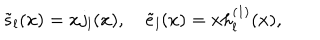
LaTeX: \tilde { s } _ { l } ( x ) = x j _ { l } ( x ) , \quad \tilde { e } _ { l } ( x ) = x h _ { l } ^ { ( 1 ) } ( x ) ,